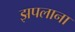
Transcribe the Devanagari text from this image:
झपलाना